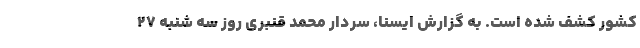
کشور کشف شده است. به گزارش ایسنا، سردار محمد قنبری روز سه شنبه ۲۷